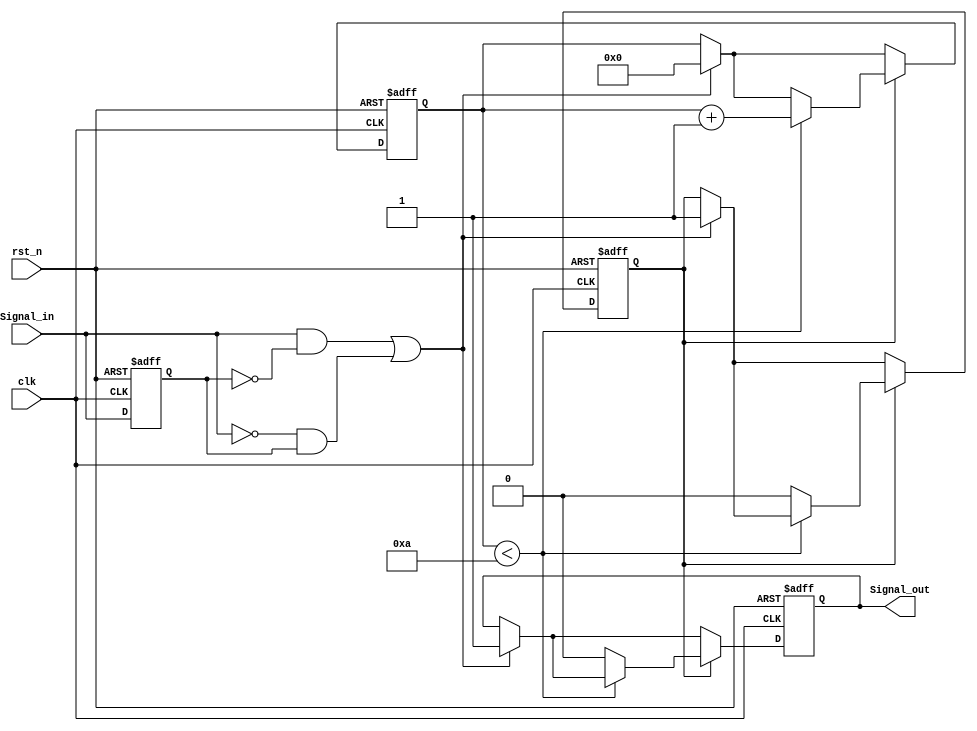
module monostable_edge_detector #(
    parameter PULSE_WIDTH = 10 // Pulse width in clock cycles
)(
    input wire clk,              // Clock input
    input wire rst_n,            // Asynchronous reset (active low)
    input wire Signal_in,        // Input signal to monitor
    output reg Signal_out        // Output pulse signal
);

    reg Signal_in_d;             // Delayed version of Signal_in
    reg [3:0] pulse_counter;     // Counter for pulse width
    reg pulse_active;            // Flag to indicate if pulse is active

    // Edge detection logic
    always @(posedge clk or negedge rst_n) begin
        if (!rst_n) begin
            Signal_in_d <= 1'b0;
        end else begin
            Signal_in_d <= Signal_in; // Sample the input signal
        end
    end

    // Pulse generation logic
    always @(posedge clk or negedge rst_n) begin
        if (!rst_n) begin
            Signal_out <= 1'b0;
            pulse_counter <= 0;
            pulse_active <= 1'b0;
        end else begin
            // Detect rising or falling edge
            if ((Signal_in && !Signal_in_d) || (!Signal_in && Signal_in_d)) begin
                Signal_out <= 1'b1; // Start pulse
                pulse_counter <= 0;  // Reset pulse counter
                pulse_active <= 1'b1; // Set pulse active flag
            end
            
            // Pulse width control
            if (pulse_active) begin
                if (pulse_counter < PULSE_WIDTH) begin
                    pulse_counter <= pulse_counter + 1; // Increment counter
                end else begin
                    Signal_out <= 1'b0; // End pulse
                    pulse_active <= 1'b0; // Reset pulse active flag
                end
            end
        end
    end

endmodule